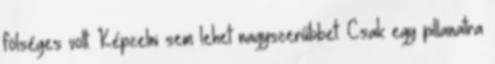
fölséges volt. Képzelni sem lehet nagyszerűbbet. Csak egy pillanatra